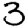
Digit: 3